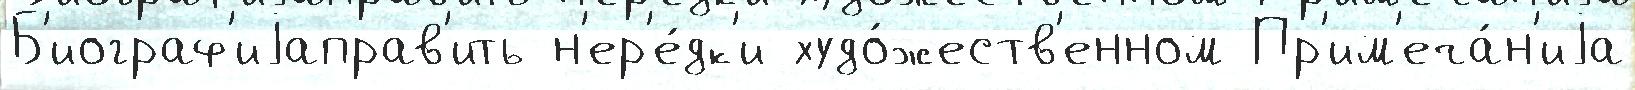
Б'иограф'иjаправ'ить н'ер'е́дк'и худо́жеств'енном Пр'им'еча́н'иjа